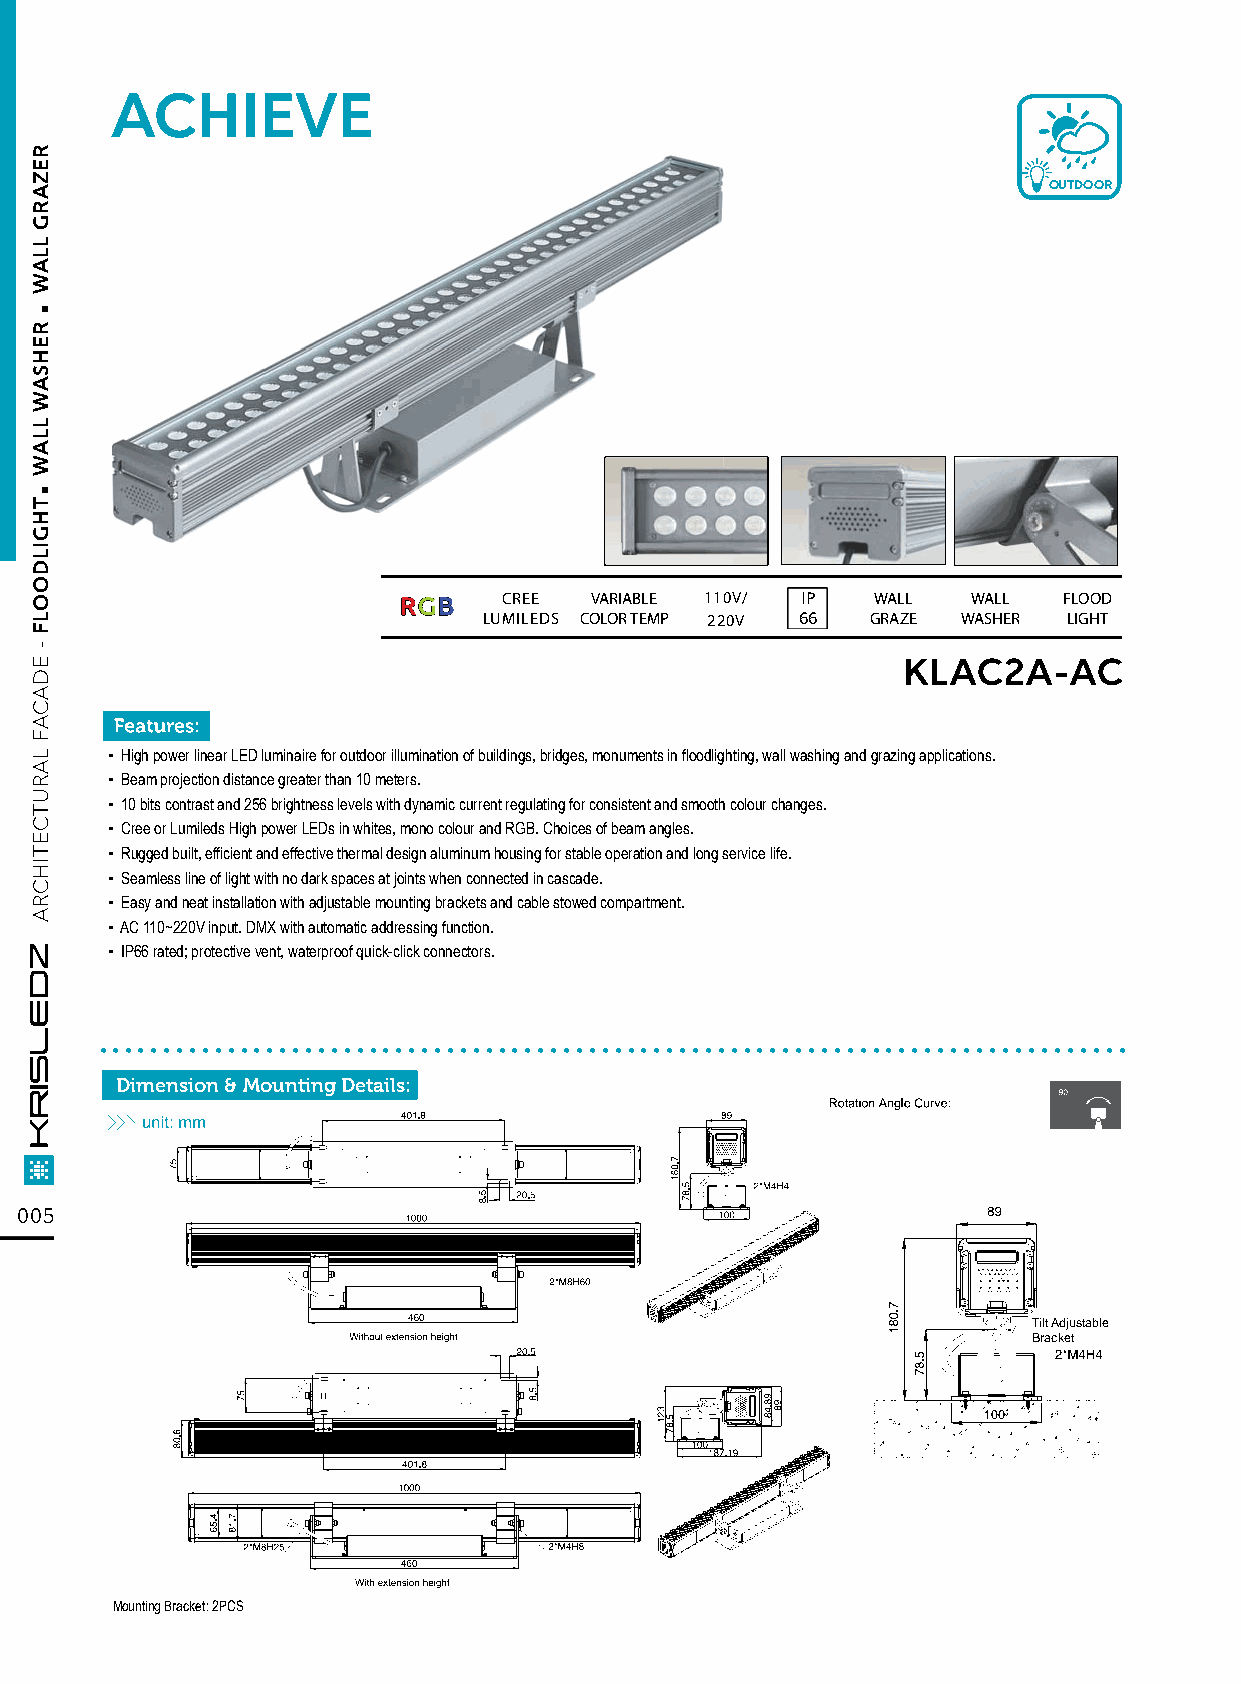
ACHIEVE
 OUTDOOR
 RRGGBB CREE  VARIABLE 110V/ IP  WALL  WALL  FLOOD
 LUMILEDS COLOR TEMP 220V 66 GRAZE WASHER LIGHT
 KLAC2A-AC
 ▪ High power linear LED luminaire for outdoor illumination of buildings, bridges, monuments in floodlighting, wall washing and grazing applications.
 ▪ Beam projection distance greater than 10 meters.
 ▪ 10 bits contrast and 256 brightness levels with dynamic current regulating for consistent and smooth colour changes.
 ▪ Cree or Lumileds High power LEDs in whites, mono colour and RGB. Choices of beam angles.
 ▪ Rugged built, efficient and effective thermal design aluminum housing for stable operation and long service life.
 ▪ Seamless line of light with no dark spaces at joints when connected in cascade.
 ▪ Easy and neat installation with adjustable mounting brackets and cable stowed compartment.
 ▪ AC 110~220V input. DMX with automatic addressing function.
 ▪ IP66 rated; protective vent, waterproof quick-click connectors.
 ................................................................................
 Dimension & Mounting Details:
 005
 Tilt Adjustable
 Bracket
 Mounting Bracket: 2PCS
 .
 .
 REZARG
 LLAW
 REHSAW
 LLAW
 THGILDOOLF
 -
 EDACAF
 LARUTCETIHCRA